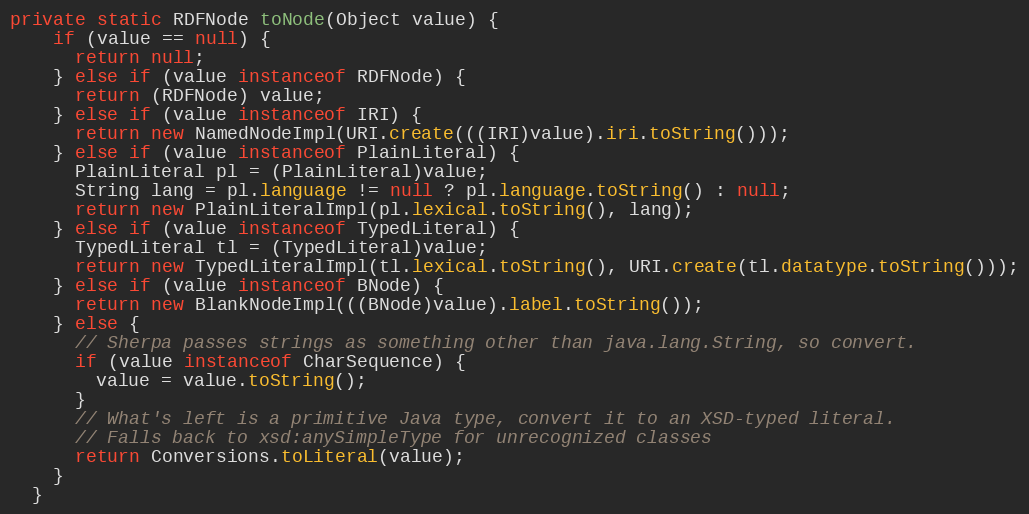
Language: Java
private static RDFNode toNode(Object value) {
    if (value == null) {
      return null;
    } else if (value instanceof RDFNode) {
      return (RDFNode) value;
    } else if (value instanceof IRI) {
      return new NamedNodeImpl(URI.create(((IRI)value).iri.toString()));
    } else if (value instanceof PlainLiteral) {
      PlainLiteral pl = (PlainLiteral)value;
      String lang = pl.language != null ? pl.language.toString() : null;
      return new PlainLiteralImpl(pl.lexical.toString(), lang);
    } else if (value instanceof TypedLiteral) {
      TypedLiteral tl = (TypedLiteral)value;
      return new TypedLiteralImpl(tl.lexical.toString(), URI.create(tl.datatype.toString()));
    } else if (value instanceof BNode) {
      return new BlankNodeImpl(((BNode)value).label.toString());
    } else {
      // Sherpa passes strings as something other than java.lang.String, so convert.
      if (value instanceof CharSequence) {
        value = value.toString();
      }
      // What's left is a primitive Java type, convert it to an XSD-typed literal.
      // Falls back to xsd:anySimpleType for unrecognized classes
      return Conversions.toLiteral(value);
    }
  }